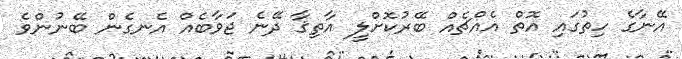
އޭނާގެ ހިތުގައި އޮތް އެއްޗެއް ބޭރުކޮށްލީ އާތިޤާ ދޭނެ ޖަވާބެއް އެނގެން ބޭނުންވެ